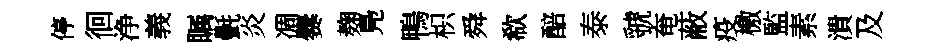
停徊浄義瞩㲲炎凋爨麹鳬鴨枳舜欷醅泰虢奄蔽疫檄監素潰及